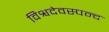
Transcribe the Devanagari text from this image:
विश्वदेवस्पन्द